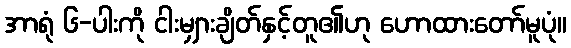
အာရုံ ၆-ပါးကို ငါးမျှားချိတ်နှင့်တူ၏ဟု ဟောထားတော်မူပုံ။